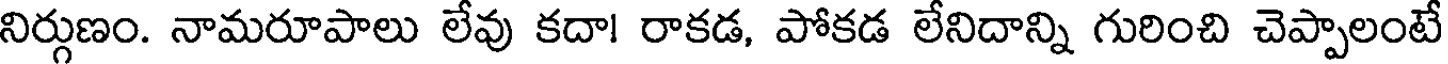
నిర్గుణం. నామరూపాలు లేవు కదా! రాకడ, పోకడ లేనిదాన్ని గురించి చెప్పాలంటే